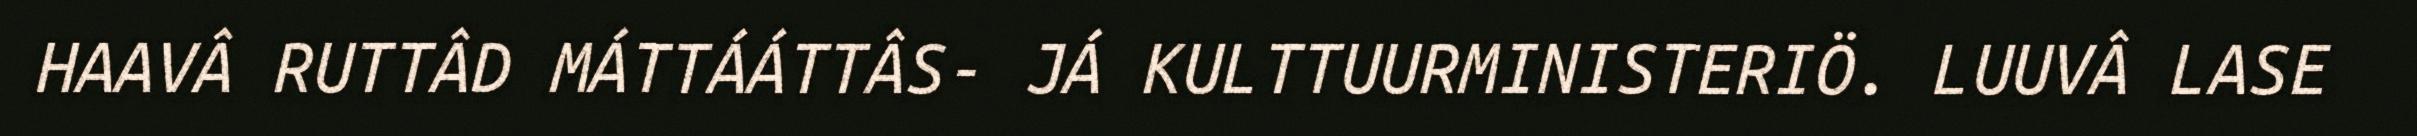
HAAVÂ RUTTÂD MÁTTÁÁTTÂS- JÁ KULTTUURMINISTERIÖ. LUUVÂ LASE